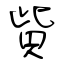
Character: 貲